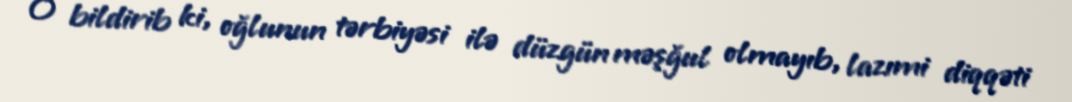
O bildirib ki, oğlunun tərbiyəsi ilə düzgün məşğul olmayıb, lazımi diqqəti